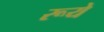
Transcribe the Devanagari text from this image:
रूये